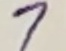
Text: 7